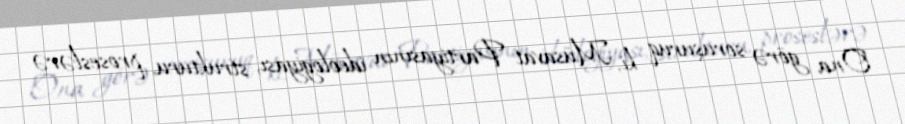
Ona görə soruşuruq ki, Müsavat Partiyasının ideologiyası, strukturu, proseslərə